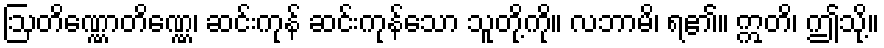
ဩတိဏ္ဏောတိဏ္ဏေ၊ ဆင်းကုန် ဆင်းကုန်သော သူတို့ကို။ လဘာမိ၊ ရ၏။ ဣတိ၊ ဤသို့။